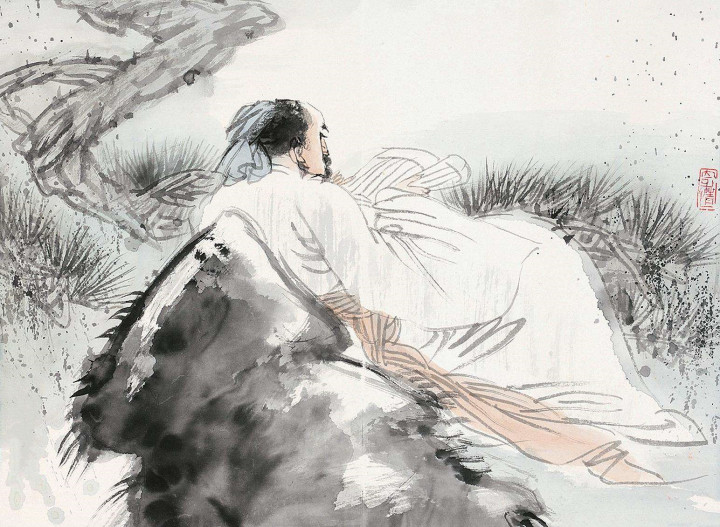
灯前目力虽非昔，犹课蝇头二万言。